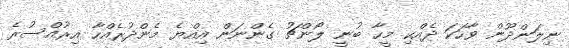
ނިލަންދޫން ވާހަކަ ދެއްކި މީހާ ބުނީ ލޯންޗު ގެންނަން އިއްޔެ މެންދުރެއްހާ އިރުއްސުރެ